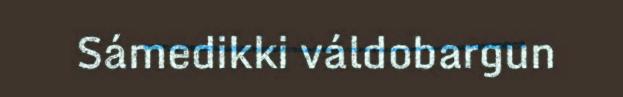
Sámedikki váldobargun